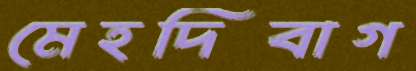
মেহদিবাগ